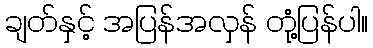
ချတ်နှင့် အပြန်အလှန် တုံ့ပြန်ပါ။